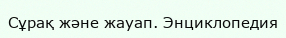
Сұрақ және жауап. Энциклопедия